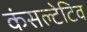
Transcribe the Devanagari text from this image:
कंसल्टेटिव